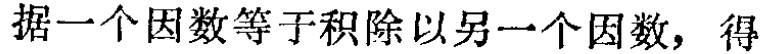
据一个因数等于积除以另一个因数，得